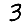
Digit: 3